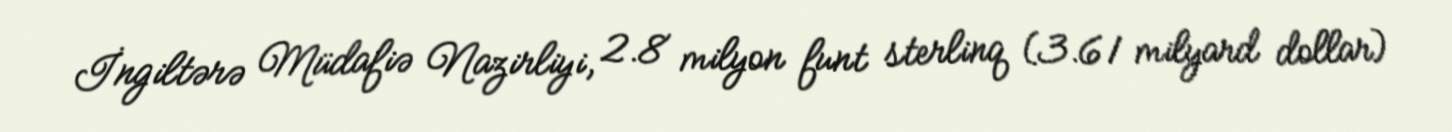
İngiltərə Müdafiə Nazirliyi, 2.8 milyon funt sterlinq (3.61 milyard dollar)